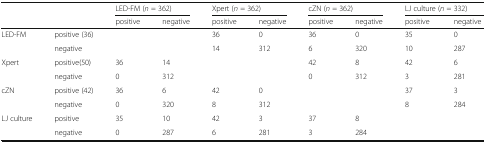
<table><thead><tr><td rowspan="2" colspan="2"></td><td colspan="2"><b>LED-FM (<i>n</i> = 362)</b></td><td colspan="2"><b>Xpert (<i>n</i> = 362)</b></td><td colspan="2"><b>cZN (<i>n</i> = 362)</b></td><td colspan="2"><b>LJ culture (<i>n</i> = 332)</b></td></tr><tr><td><b>positive</b></td><td><b>negative</b></td><td><b>positive</b></td><td><b>negative</b></td><td><b>positive</b></td><td><b>negative</b></td><td><b>positive</b></td><td><b>negative</b></td></tr></thead><tbody><tr><td rowspan="2">LED-FM</td><td>positive (36)</td><td></td><td></td><td>36</td><td>0</td><td>36</td><td>0</td><td>35</td><td>0</td></tr><tr><td>negative</td><td></td><td></td><td>14</td><td>312</td><td>6</td><td>320</td><td>10</td><td>287</td></tr><tr><td rowspan="2">Xpert</td><td>positive(50)</td><td>36</td><td>14</td><td></td><td></td><td>42</td><td>8</td><td>42</td><td>6</td></tr><tr><td>negative</td><td>0</td><td>312</td><td></td><td></td><td>0</td><td>312</td><td>3</td><td>281</td></tr><tr><td rowspan="2">cZN</td><td>positive (42)</td><td>36</td><td>6</td><td>42</td><td>0</td><td></td><td></td><td>37</td><td>3</td></tr><tr><td>negative</td><td>0</td><td>320</td><td>8</td><td>312</td><td></td><td></td><td>8</td><td>284</td></tr><tr><td rowspan="2">LJ culture</td><td>positive</td><td>35</td><td>10</td><td>42</td><td>3</td><td>37</td><td>8</td><td></td><td></td></tr><tr><td>negative</td><td>0</td><td>287</td><td>6</td><td>281</td><td>3</td><td>284</td><td></td><td></td></tr></tbody></table>